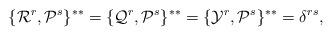
LaTeX: \begin{align*}\{{\cal R}^r,{\cal P}^s\}^{**}= \{{\cal Q}^r,{\cal P}^s\}^{**}=\{{\cal Y}^r,{\cal P}^s\}^{**}= \delta^{rs}, \end{align*}